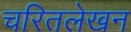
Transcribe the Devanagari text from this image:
चरितलेखन